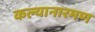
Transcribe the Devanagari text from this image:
कल्यानारमण